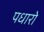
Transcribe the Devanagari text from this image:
पधारो